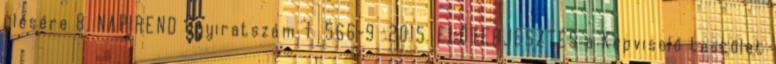
ülésére 8. NAPIREND Ügyiratszám: 1 566-9 2015. ELŐTERJESZTÉS a Képviselő testület